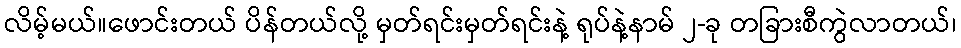
လိမ့်မယ်။ဖောင်းတယ် ပိန်တယ်လို့ မှတ်ရင်းမှတ်ရင်းနဲ့ ရုပ်နဲ့နာမ် ၂-ခု တခြားစီကွဲလာတယ်၊